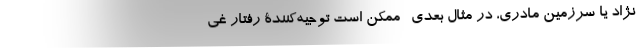
نژاد یا سرزمین مادری، در مثال بعدی- ممکن است توجیه‌کنندۀ رفتار غی